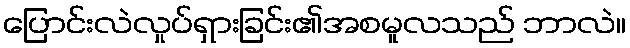
ပြောင်းလဲလှုပ်ရှားခြင်း၏အစမူလသည် ဘာလဲ။